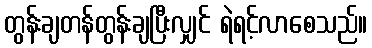
တွန်းချတန်တွန်းချပြီးလျှင် ရဲရင့်လာစေသည်။